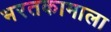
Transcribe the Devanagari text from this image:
भरतकामाला